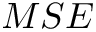
M S E